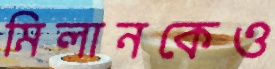
মিলানকেও